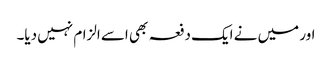
اور میں نے ایک دفعہ بھی اسے الزام نہیں دیا۔